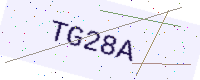
Text: TG28A